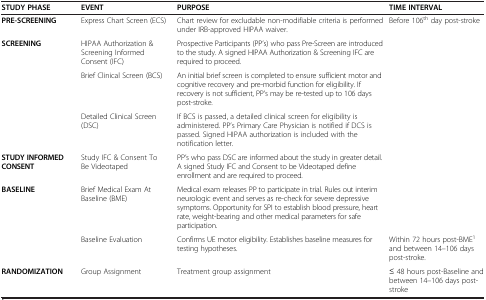
<table><thead><tr><td><b>STUDY PHASE</b></td><td><b>EVENT</b></td><td><b>PURPOSE</b></td><td><b>TIME INTERVAL</b></td></tr></thead><tbody><tr><td><b>PRE-SCREENING</b></td><td>Express Chart Screen (ECS)</td><td>Chart review for excludable non-modifiable criteria is performed under IRB-approved HIPAA waiver.</td><td rowspan="6">Before 106<sup>th</sup> day post-stroke</td></tr><tr><td rowspan="3"><b>SCREENING</b></td><td>HIPAA Authorization &amp; Screening Informed Consent (IFC)</td><td>Prospective Participants (PP’s) who pass Pre-Screen are introduced to the study. A signed HIPAA Authorization &amp; Screening IFC are required to proceed.</td></tr><tr><td>Brief Clinical Screen (BCS)</td><td>An initial brief screen is completed to ensure sufficient motor and cognitive recovery and pre-morbid function for eligibility. If recovery is not sufficient, PP’s may be re-tested up to 106 days post-stroke.</td></tr><tr><td>Detailed Clinical Screen (DSC)</td><td>If BCS is passed, a detailed clinical screen for eligibility is administered. PP’s Primary Care Physician is notified if DCS is passed. Signed HIPAA authorization is included with the notification letter.</td></tr><tr><td><b>STUDY INFORMED CONSENT</b></td><td>Study IFC &amp; Consent To Be Videotaped</td><td>PP’s who pass DSC are informed about the study in greater detail. A signed Study IFC and Consent to be Videotaped define enrollment and are required to proceed.</td></tr><tr><td rowspan="2"><b>BASELINE</b></td><td>Brief Medical Exam At Baseline (BME)</td><td>Medical exam releases PP to participate in trial. Rules out interim neurologic event and serves as re-check for severe depressive symptoms. Opportunity for SPI to establish blood pressure, heart rate, weight-bearing and other medical parameters for safe participation.</td></tr><tr><td>Baseline Evaluation</td><td>Confirms UE motor eligibility. Establishes baseline measures for testing hypotheses.</td><td>Within 72 hours post-BME<sup>1</sup> and between 14–106 days post-stroke.</td></tr><tr><td><b>RANDOMIZATION</b></td><td>Group Assignment</td><td>Treatment group assignment</td><td>≤ 48 hours post-Baseline and between 14–106 days post-stroke</td></tr></tbody></table>